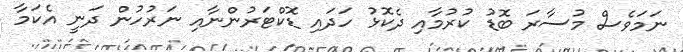
ނަމަވެސް މުސާރަ ބޮޑު ކުރުމާއި ދެކޮޅު ހަދައި ޑޮކްޓަރުންނާއި ނަރުހުން ދަނީ އެކަމާ